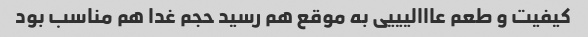
کیفیت و طعم عااالیییی به موقع هم رسید حجم غدا هم مناسب بود